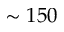
\sim 1 5 0